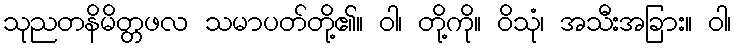
သုညတနိမိတ္တဖလ သမာပတ်တို့၏။ ဝါ၊ တို့ကို။ ဝိသုံ၊ အသီးအခြား။ ဝါ၊